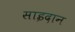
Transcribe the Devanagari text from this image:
साइदान